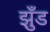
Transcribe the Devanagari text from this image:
झुँड